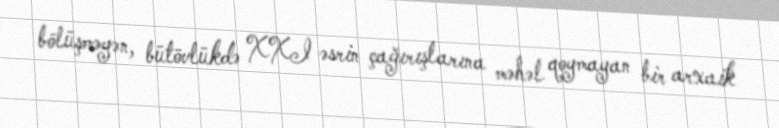
bölüşməyən, bütövlükdə XXI əsrin çağırışlarına məhəl qoymayan bir arxaik